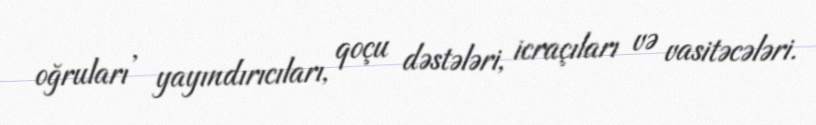
oğruları , yayındırıcıları, qoçu dəstələri, icraçıları və vasitəcələri.